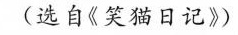
(选自《笑猫日记》)